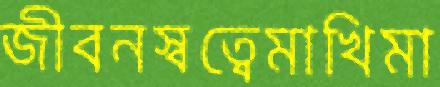
জীবনস্বত্বেমাখিমা